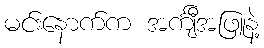
မင်းနောက်က အင်္ကျီအဖြူနဲ့